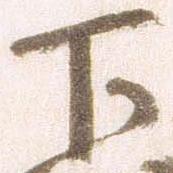
下